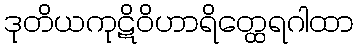
ဒုတိယကုဋိဝိဟာရိတ္ထေရဂါထာ